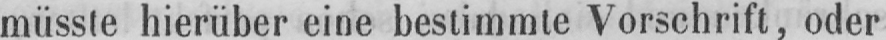
müsste hierüber eine bestimmte Vorschrift, oder